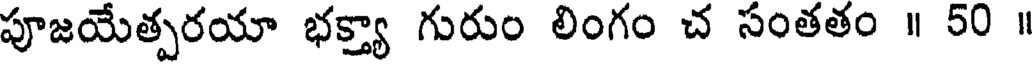
పూజయేత్పరయా భక్త్యా గురుం లింగం చ సంతతం ॥ 50 ॥